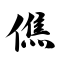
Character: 僬